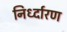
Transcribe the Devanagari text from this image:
निर्ध्दारण